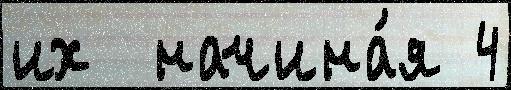
их  начина́я 4